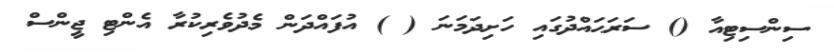
ސިންސިޓިއާ () ސަރަޙައްދުގައި ހަށިދަމަނަ ( ) އުފައްދަން މެދުވެރިކުރާ އެންޓި ޖީންސް